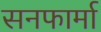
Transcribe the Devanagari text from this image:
सनफार्मा